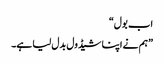
اب بول“
”ہم نے اپنا شیڈول بدل لیا ہے۔